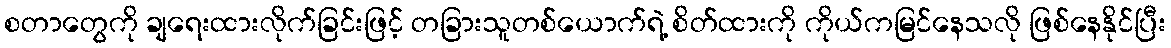
စတာတွေကို ချရေးထားလိုက်ခြင်းဖြင့် တခြားသူတစ်ယောက်ရဲ့ စိတ်ထားကို ကိုယ်ကမြင်နေသလို ဖြစ်နေနိုင်ပြီး